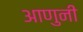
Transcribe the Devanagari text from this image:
आणुनी